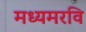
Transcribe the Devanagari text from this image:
मध्यमरवि